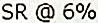
SR @ 6%